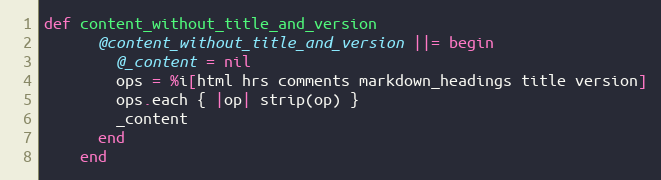
Language: Ruby
def content_without_title_and_version
      @content_without_title_and_version ||= begin
        @_content = nil
        ops = %i[html hrs comments markdown_headings title version]
        ops.each { |op| strip(op) }
        _content
      end
    end